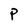
Character: P